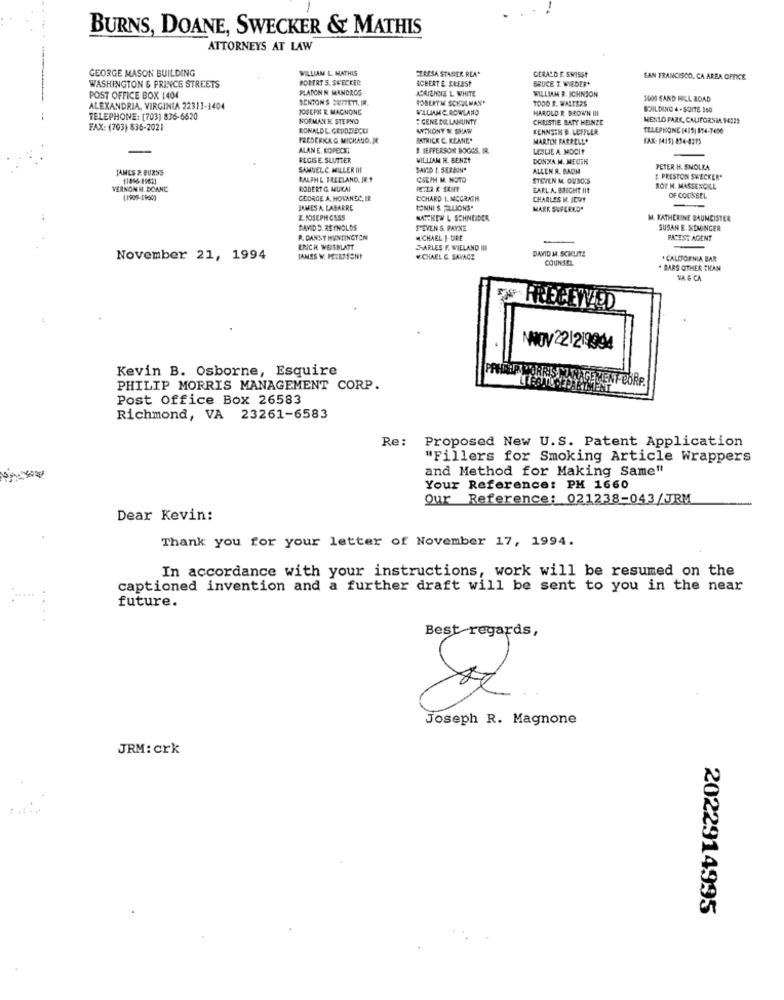
BURNS, DOANE, SWECKER & MATHIS
ATTORNEYS AT LAW
GEORGE MASON BUILDING
WILLIAM L. MATHIS
GERALD E. SWISS?
ROBERT S. STECKER
ACBERT E ERERST
EZRESA STARER REA*
BRUCE T. WIEDER*
SAN FRANCISCO, CA AREA OFFICE
WASHINGTON & PRINCE STREETS
PLATON N MANDAOS
WILLIAM B. ICHNSON
POST OFFICE BOX 1404
SENTONS BUFFETT. IR.
ROBERTM SCHULMAN'
ACAIENNE L WHITE
1000 1. WALTERS
3000 SAND HILL ROAD
ALEXANDRIA, VIRGINIA 22313-1404
1OGCPX R MACNONE
HAROLD R BROWN III
BUILDING 4-SUITE 160
TELEPHONE: (703) 836-6620
NORMANHE STERNO
: GENE DELAHUNTY
CHUISTIE BATY HEINZE
MENLO PARK, CALIFORNIA 94225
FAX: (703) 836-2021
RONALDL CEUDZIECU
ANTHONY N. SHAW
KENNSSK D. LEFFLER
TELEPHONE [<15) 874-7450
FREDERIKG MICHAUD. JE
BKTHICK C. KEANE"
MARTIN FARRELL*
FAX: (415) 854-4275
ALAN E. KOPECK!
3. JEFFERSON BOGGS. IR.
LESLIE A MOCI?
REGISE SUUTTER
WILLIAM M. BENZY
DONNA M. MEUTH
JAMES P. BURNS
SAMUELC MILLER III
SAID [. SEREIN*
ALLEN R. BADM
PETER H. SNOLKA
RALPH & FREELAND, IR.+
CSEPH M. NOTO
STEVEN M. DITBO'S
[. PRESTON SWECKER*
VERNON H. DOANE
ROBERT & MUKAI
EARL A. BRICHT IIt
SOP M. MASSENCILL
GEORGE A. HOLANDC. FR
DICHARD L MCGRATH
CHARLES H. JEWY
OF COUNSEL
JAMES A. LABARRE
BONNE S. ELLIONS.
MARK SUPERKO"
E JOSEPHCESS
MATTHEW L SCHNEIDER
M. KATHERINE BAUNEISTER
DAVID D. REYNOLDS
SEVEN S. PAYNE
SUSAN E. SEMINGER
R. DANNY HUNTINGTON
CHAEL ] DIRE
PACEST AGENT
ERICH WEISBLATT
CHARLES F. WIELAND III
DAVID M. SCHUTZ
November 21, 1994
IANSS W. PERSSON!
WCHAEL C. SANACE
COUNSEL
* CALIFORNIA BAR
. BARS OTHER THAN
VA & CA
FRECEYVED
NNOV 221219994
Kevin B. Osborne, Esquire
PEORP
PHILIP MORRIS MANAGEMENT CORP.
Post Office Box 26583
Richmond, VA 23261-6583
Re:
Proposed New U.S. Patent Application
"Fillers for Smoking Article Wrappers
and Method for Making Same"
Your Reference: PH 1660
Our Reference: 021238-043 /JRM
Dear Kevin:
Thank you for your letter of November 17, 1994.
In accordance with your instructions, work will be resumed on the
captioned invention and a further draft will be sent to you in the near
future.
Best regards,
Joseph R. Magnone
JRM: crk
2022914995